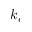
k _ { e }